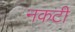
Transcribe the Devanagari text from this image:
नकटी